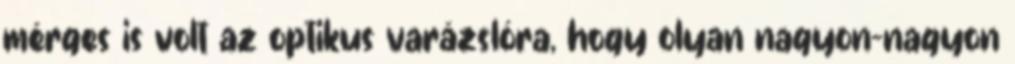
mérges is volt az optikus varázslóra, hogy olyan nagyon-nagyon